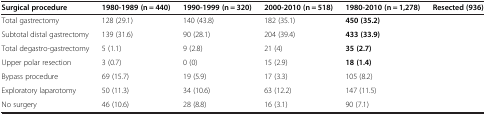
| Surgical procedure | 1980-1989 (n = 440) | 1990-1999 (n = 320) | 2000-2010 (n = 518) | 1980-2010 (n = 1,278) | Resected (936) |
 | --- | --- | --- | --- | --- | --- |
 | Total gastrectomy | 128 (29.1) | 140 (43.8) | 182 (35.1) | 450 (35.2) | <ROWSPAN=6>  |
 | Subtotal distal gastrectomy | 139 (31.6) | 90 (28.1) | 204 (39.4) | 433 (33.9) |
 | Total degastro-gastrectomy | 5 (1.1) | 9 (2.8) | 21 (4) | 35 (2.7) |
 | Upper polar resection | 3 (0.7) | 0 (0) | 15 (2.9) | 18 (1.4) |
 | Bypass procedure | 69 (15.7) | 19 (5.9) | 17 (3.3) | 105 (8.2) |
 | Exploratory laparotomy | 50 (11.3) | 34 (10.6) | 63 (12.2) | 147 (11.5) |
 | No surgery | 46 (10.6) | 28 (8.8) | 16 (3.1) | 90 (7.1) |  |